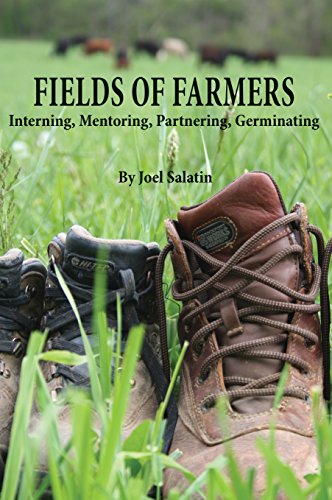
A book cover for Fields of Farmers: Interning, Mentoring, Partnering, Germinating; Joel Salatin; Science & Math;